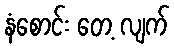
နံစောင်း တေ့ လျက်